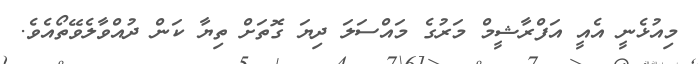
މިއުޅެނީ އެއީ އަފްރާޝީމް މަރުގެ މައްސަލަ ދިޔަ ގޮތަށް ތިޔާ ކަން ދުއްވާލެވޭތޯއެވެ.